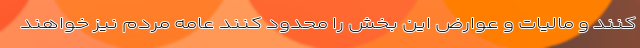
کنند و مالیات و عوارض این بخش را محدود کنند عامه مردم نیز خواهند